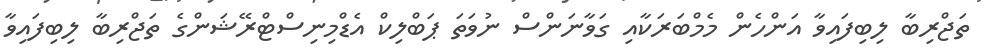
ތަޖްރިބާ ލިބިފައިވާ އަންހެން މެމްބަރަކާއި ގަވާނަންސް ނުވަތަ ޕަބްލިކް އެޑްމިނިސްޓްރޭޝަންގެ ތަޖްރިބާ ލިބިފައިވާ